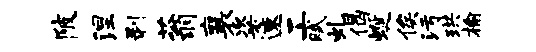
陂涅剥蓊襄粢速工赋虬偈蜒俟污珙榆